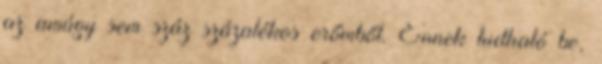
az amúgy sem száz százalékos erőmből. Ennek tudható be,